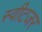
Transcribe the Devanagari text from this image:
स्वीटजर